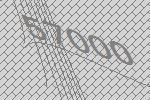
57000